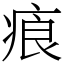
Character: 㾗